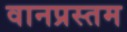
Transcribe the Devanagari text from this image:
वानप्रस्तम